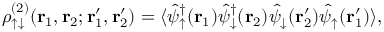
\rho _ { \uparrow \downarrow } ^ { ( 2 ) } ( \mathbf { r } _ { 1 } , \mathbf { r } _ { 2 } ; \mathbf { r } _ { 1 } ^ { \prime } , \mathbf { r } _ { 2 } ^ { \prime } ) = \langle \hat { \psi } _ { \uparrow } ^ { \dagger } ( \mathbf { r } _ { 1 } ) \hat { \psi } _ { \downarrow } ^ { \dagger } ( \mathbf { r } _ { 2 } ) \hat { \psi } _ { \downarrow } ^ { \phantom { \dagger } } ( \mathbf { r } _ { 2 } ^ { \prime } ) \hat { \psi } _ { \uparrow } ^ { \phantom { \dagger } } ( \mathbf { r } _ { 1 } ^ { \prime } ) \rangle ,